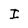
Character: I